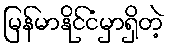
မြန်မာနိုင်ငံမှာရှိတဲ့